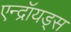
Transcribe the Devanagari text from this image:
एन्द्रॉयड्स